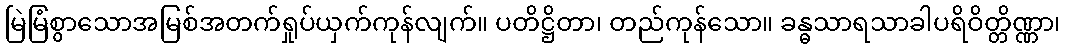
မြဲမြံစွာသောအမြစ်အတက်ရှုပ်ယှက်ကုန်လျက်။ ပတိဋ္ဌိတာ၊ တည်ကုန်သော။ ခန္ဓသာရသာခါပရိဝိတ္တိဏ္ဏာ၊